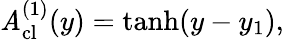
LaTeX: \mathit{A}_{\mathrm{{cl}}}^{(1)}(y)=\operatorname{tanh}(y-y_{1}),